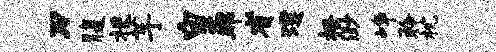
刃腹梗芋皇邦省璞搔渺峥聆枕